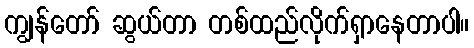
ကျွန်တော် ဆွယ်တာ တစ်ထည်လိုက်ရှာနေတာပါ။